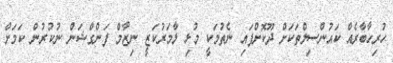
ހުރިހާބާރެއް ކައުންސިލްތަކަށް ދޫކޮށްފައި ނެތުމަކީ މުޅި ލާމަރުކަޒީ ނިޒާމް ފަންގްޝަން ނުކުރުން ކަމަށް